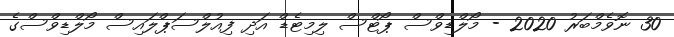
30 ނޮވެމްބަރު 2020 - މޯލްޑިވްސް ޕޯޓްސް ލިމިޓެޑް އަދި ފިއުލްސަޕްލައިސް މޯލްޑިވްސްގެ